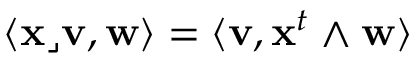
\langle \mathbf { x } \lrcorner \mathbf { v } , \mathbf { w } \rangle = \langle \mathbf { v } , \mathbf { x } ^ { t } \wedge \mathbf { w } \rangle